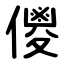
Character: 儍